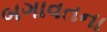
બગાવતના